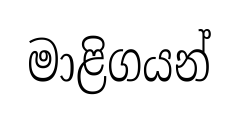
මාළිගයන්